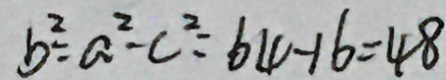
b ^ { 2 } = a ^ { 2 } - c ^ { 2 } = 6 4 - 1 6 = 4 8